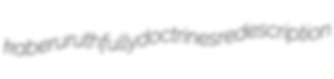
kaberu ruthfully doctrines redescription